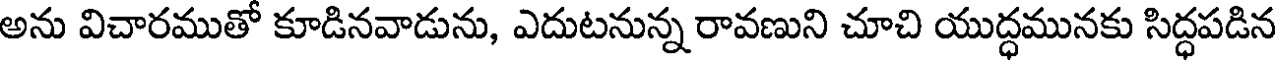
అను విచారముతో కూడినవాడును, ఎదుటనున్న రావణుని చూచి యుద్ధమునకు సిద్ధపడిన